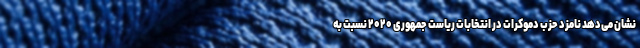
نشان می‌دهد نامزد حزب دموکرات در انتخابات ریاست جمهوری ۲۰۲۰ نسبت به